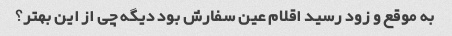
به موقع و زود رسید اقلام عین سفارش بود دیگه چی از این بهتر؟